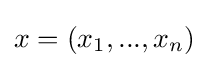
x=(x_{1},...,x_{n})